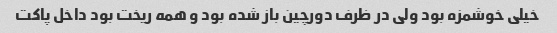
خیلی خوشمزه بود ولی در ظرف دورچین باز شده بود و همه ریخت بود داخل پاکت